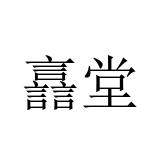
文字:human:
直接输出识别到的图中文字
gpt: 譶堂